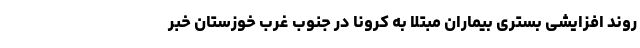
روند افزایشی بستری بیماران مبتلا به کرونا در جنوب غرب خوزستان خبر